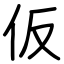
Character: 仮